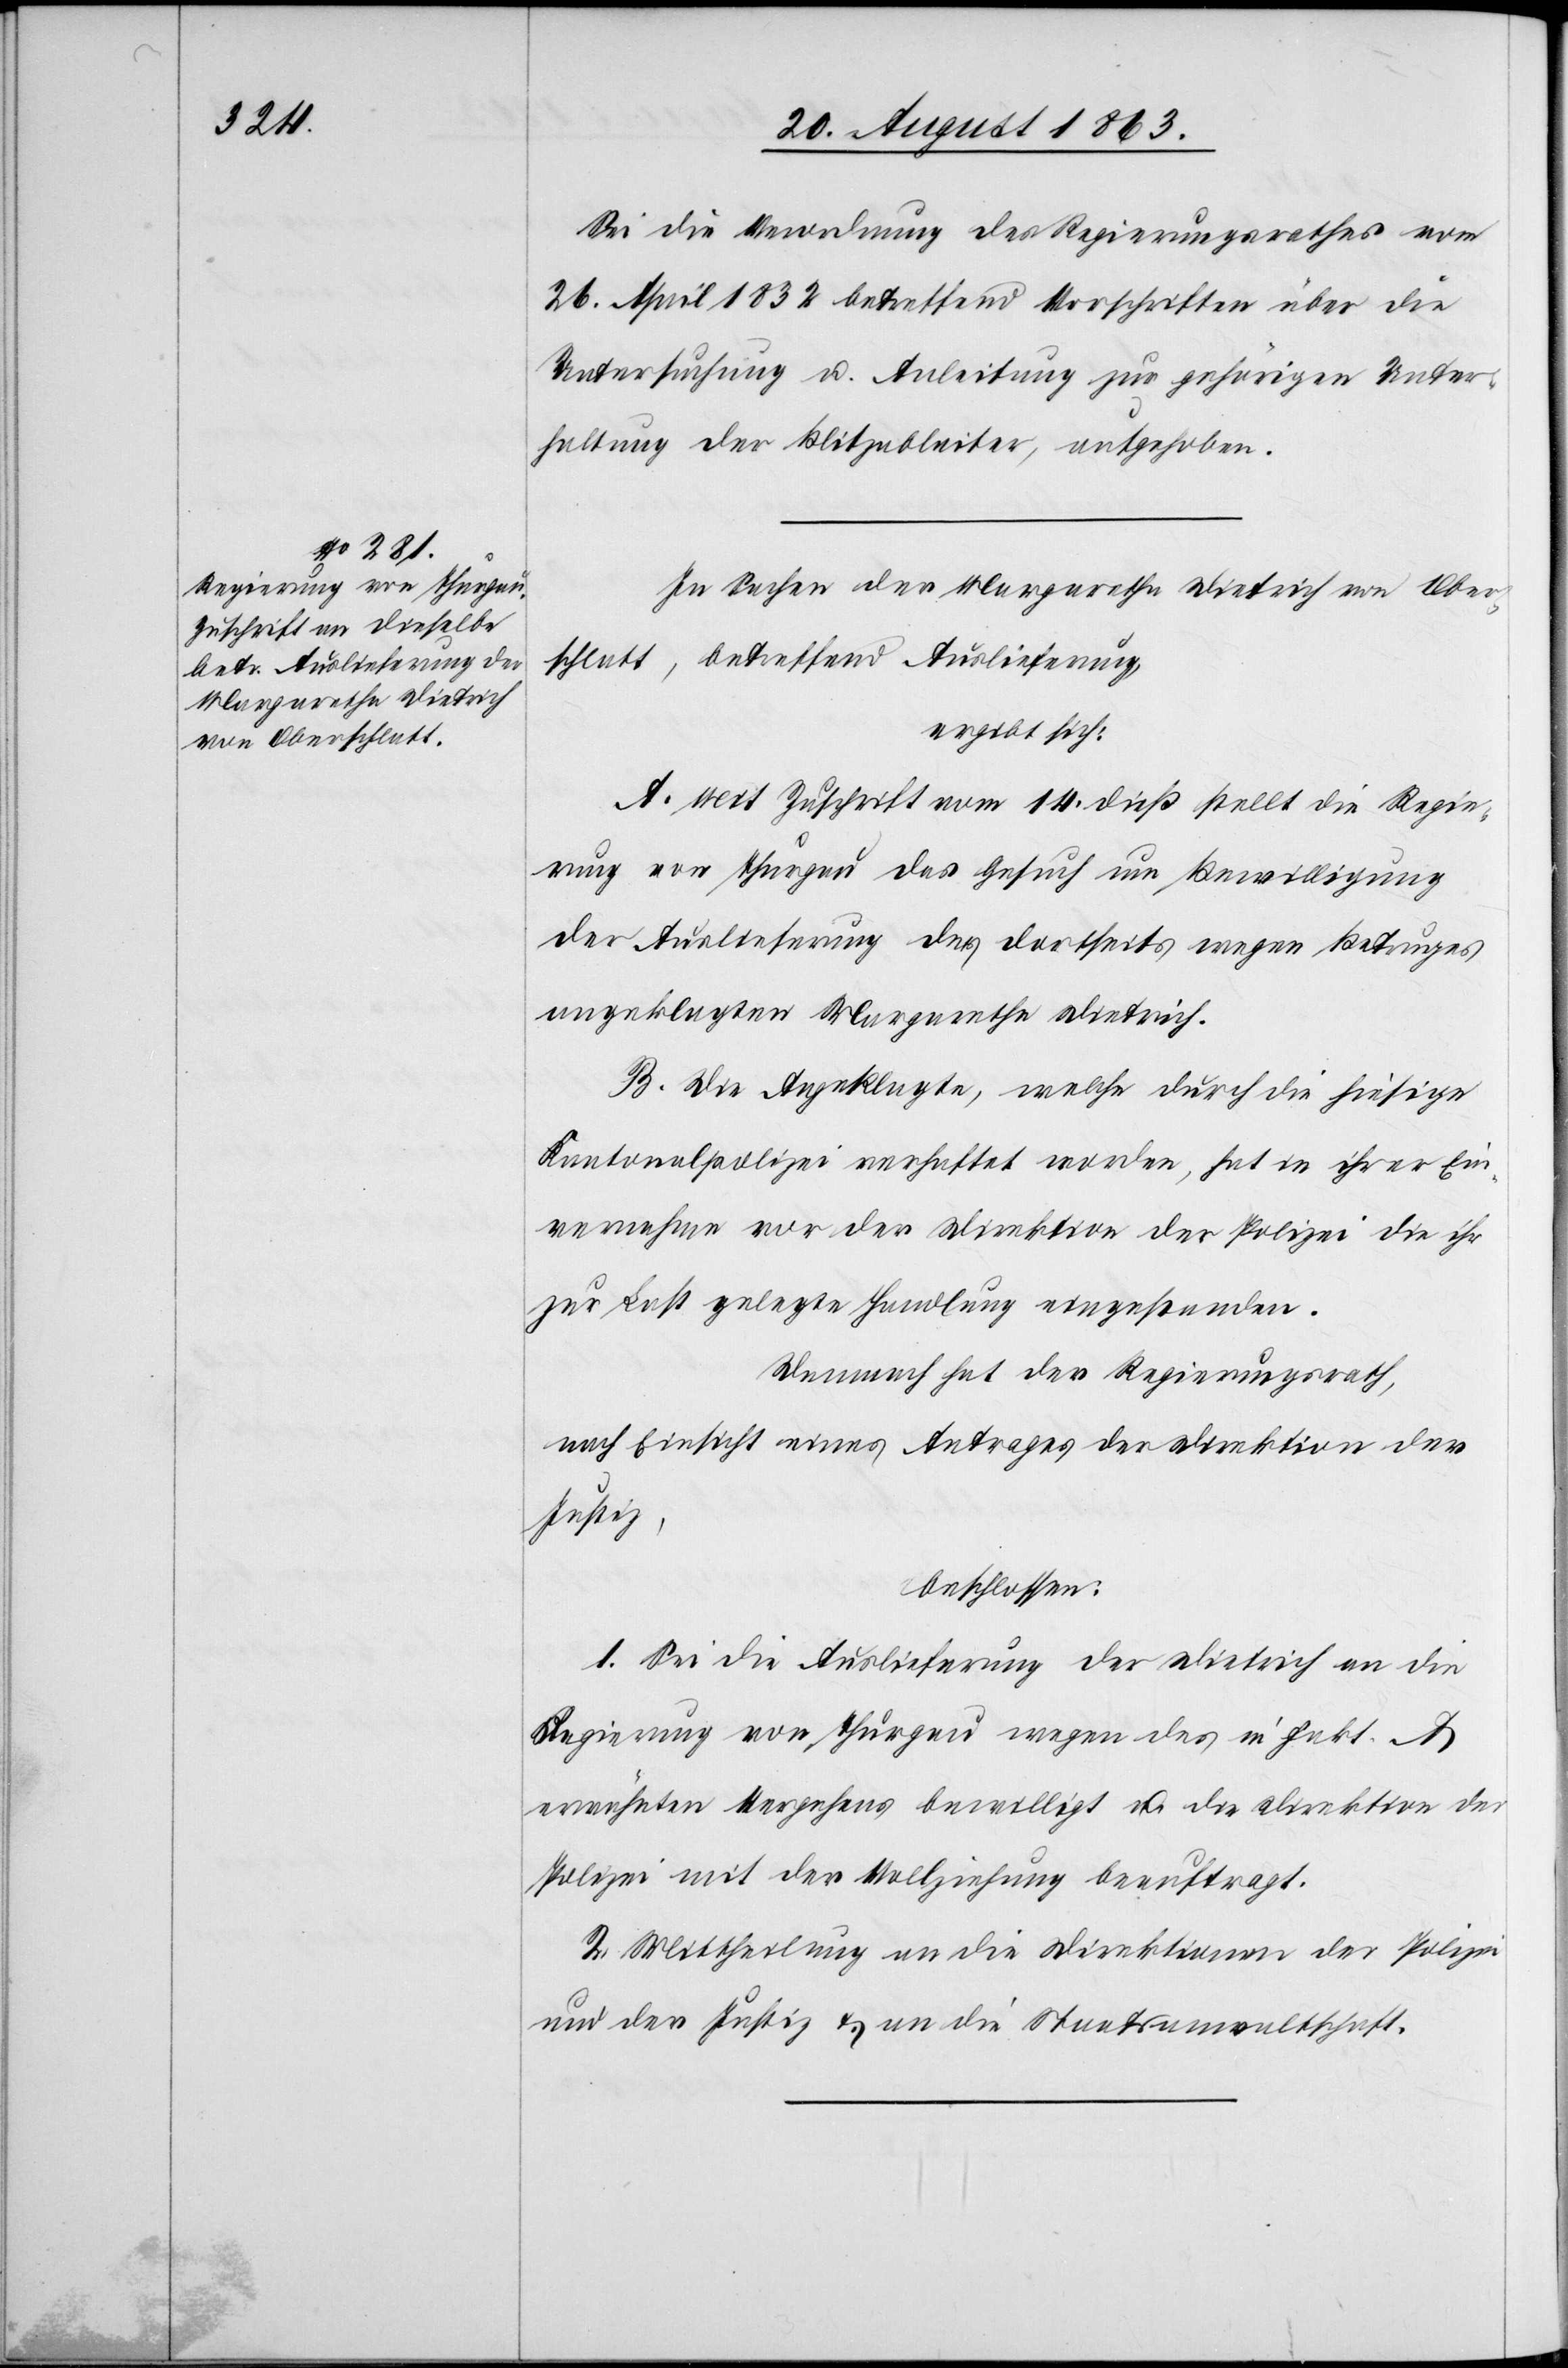
Sei die Verordnung des Regierungsrathes vom
26. April 1832 betreffend Vorschriften über die
Untersuchung u. Anleitung zur gehörigen Unter¬
haltung der Blitzableiter, aufgehoben.
In Sachen der Margaretha Dietrich von Ober¬
schlatt, betreffend Auslieferung,
ergibt sich:
A. Mit Zuschrift vom 14. dieß stellt die Regie¬
rung von Thurgau das Gesuch um Bewilligung
der Auslieferung der dortseits wegen Betruges
angeklagten Margaretha Dietrich.
B. Die Angeklagte, welche durch die hiesige
Kantonalpolizei verhaftet worden, hat in ihrer Ein¬
vernahme vor der Direktion der Polizei die ihr
zur Last gelegte Handlung eingestanden.
Demnach hat der Regierungsrath,
nach Einsicht eines Antrages der Direktion der
Justiz,
beschlossen:
1. Sei die Auslieferung der Dietrich an die
Regierung von Thurgau wegen des in Fakt. A
erwähnten Vergehens bewilligt u. die Direktion der
Polizei mit der Vollziehung beauftragt.
2. Mittheilung an die Direktionen der Polizei
und der Justiz & an die Staatsanwaltschaft.